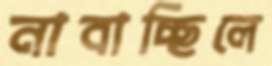
নাবাচ্ছিলে